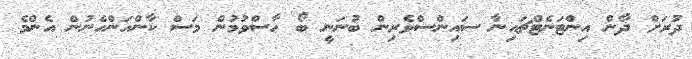
ދުރަށް ދާން އިންޓަނެޓްޗައިނާ ސައިންސްވެރިން ބުނަނީ ބޯ ހާސްވުމުން މަސް ކާންއަންހެނުން އެންމެ